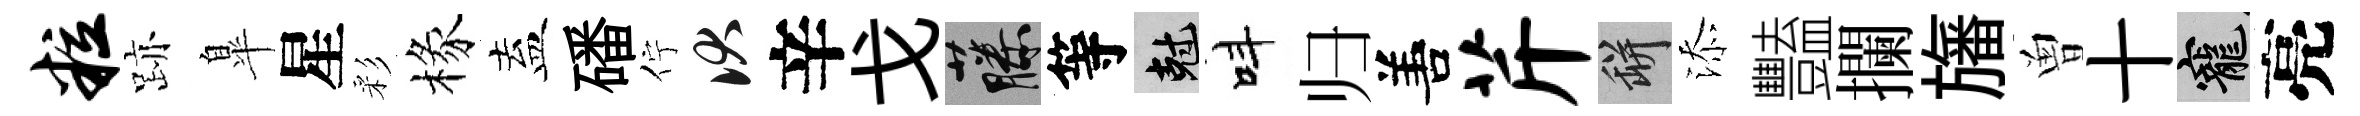
粒跡臯星彩椽盍磻佇伏辛戈藤等剋呌归𠵊芹瓶添豔攔旛曽十寵亮